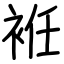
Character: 袵